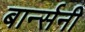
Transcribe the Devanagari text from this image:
बार्न्सनी